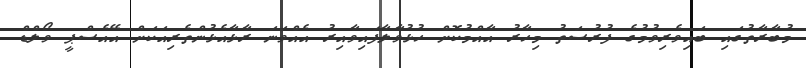
މުބާރާތުގައި ބައިވެރިވުމުގެ ފުރުސަތު މިހާރު އާއްމުކޮށް ހުޅުވާލާފައިވާއިރު އެއްވަނަ ރާޅާއެޅުންތެރިއަކަށް އޭއެސްޕީ ވޯލްޑް